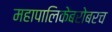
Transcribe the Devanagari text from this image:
महापालिकेबरोबरच